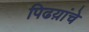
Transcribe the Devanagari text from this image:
पिढय़ांचे